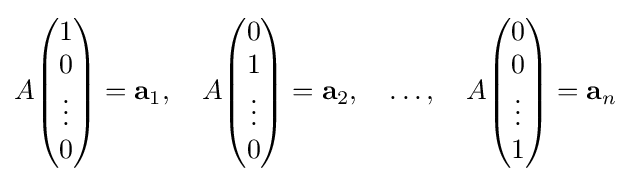
A{\begin{pmatrix}1\\0\\\vdots \\0\end{pmatrix}}=\mathbf {a} _{1},\quad A{\begin{pmatrix}0\\1\\\vdots \\0\end{pmatrix}}=\mathbf {a} _{2},\quad \ldots ,\quad A{\begin{pmatrix}0\\0\\\vdots \\1\end{pmatrix}}=\mathbf {a} _{n}